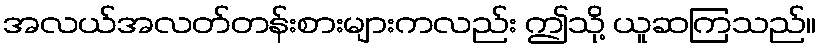
အလယ်အလတ်တန်းစားများကလည်း ဤသို့ ယူဆကြသည်။